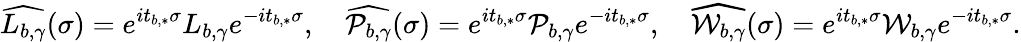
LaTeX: \widehat{L_{b,\gamma}}(\sigma)=e^{it_{b,*}\sigma}L_{b,\gamma}e^{-it_{b,*}\sigma},\quad\widehat{\mathcal{P}_{b,\gamma}}(\sigma)=e^{it_{b,*}\sigma}\mathcal{P}_{b,\gamma}e^{-it_{b,*}\sigma},\quad\widehat{\mathcal{W}_{b,\gamma}}(\sigma)=e^{it_{b,*}\sigma}\mathcal{W}_{b,\gamma}e^{-it_{b,*}\sigma}.